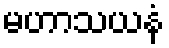
မဟာသယနံ